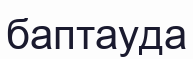
баптауда